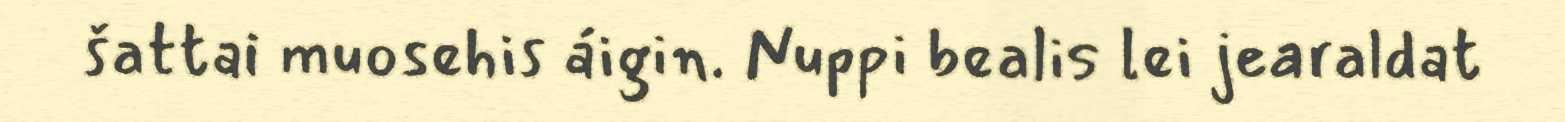
šattai muosehis áigin. Nuppi bealis lei jearaldat